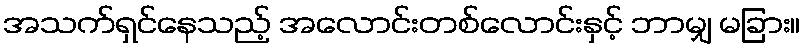
အသက်ရှင်နေသည့် အလောင်းတစ်လောင်းနှင့် ဘာမျှ မခြား။